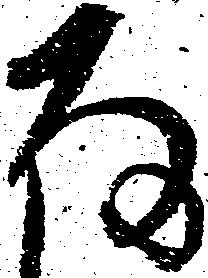
存